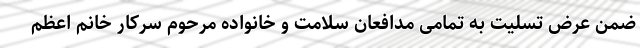
ضمن عرض تسلیت به تمامی مدافعان سلامت و خانواده مرحوم سرکار خانم اعظم